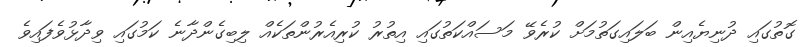
ގޮތުގައި ދުނިޔެއިން ބަލައިގަތުމަށް ކުރެވޭ މަސައްކަތުގައި އިތުރު ކުރިއެރުންތަކެއް ލިބިގެންދާނެ ކަމުގައި ވިދާޅުވެފައިވެ